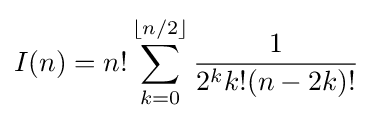
I(n)=n!\sum _{k=0}^{\lfloor n/2\rfloor }{\frac {1}{2^{k}k!(n-2k)!}}